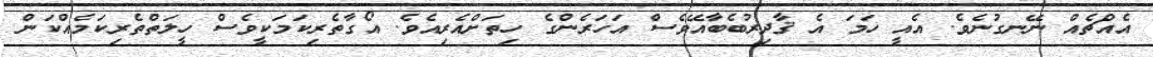
އެއްޗެއް ނޭނގުނެވެ. އެއީ ހަމަ އެ ޤާދިރުބެބާއޭވެސް އަހަރެންގެ ހިތަށްއެރިއެވެ. އޯގާތެރިކަމަކީވެސް ހީލަތްތެރިކަމެއްކަން